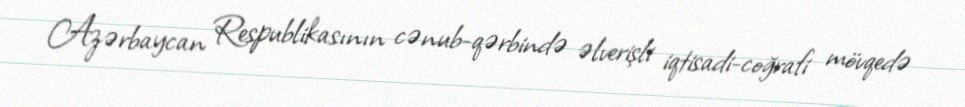
Azərbaycan Respublikasının cənub-qərbində əlverişli iqtisadi-coğrafi mövqedə